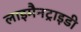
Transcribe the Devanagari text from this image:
लाइमैनट्राइडी